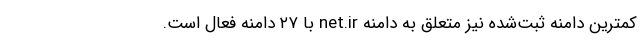
کمترین دامنه ثبت‌شده نیز متعلق به دامنه net.ir با ۲۷ دامنه فعال است.